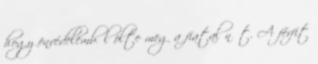
hogy önvédelemből ölte meg a fiatal nőt. A férfit